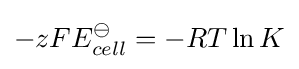
-zFE_{cell}^{\ominus }=-RT\ln {K}